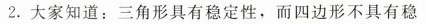
2.大家知道：三角形具有稳定性，而四边形不具有稳